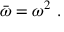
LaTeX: { \bar { \omega } } = \omega ^ { 2 } ~ .